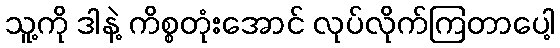
သူ့ကို ဒါနဲ့ ကိစ္စတုံးအောင် လုပ်လိုက်ကြတာပေါ့